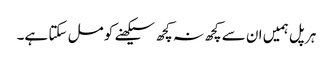
ہر پل ہمیں ان سے کچھ نہ کچھ سیکھنے کو مل سکتا ہے۔